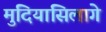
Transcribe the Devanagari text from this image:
मुदियांसिलागे